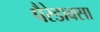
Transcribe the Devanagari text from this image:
पैरेडाक्सा